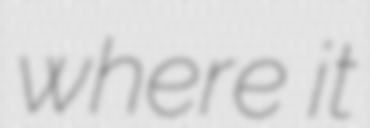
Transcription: where it